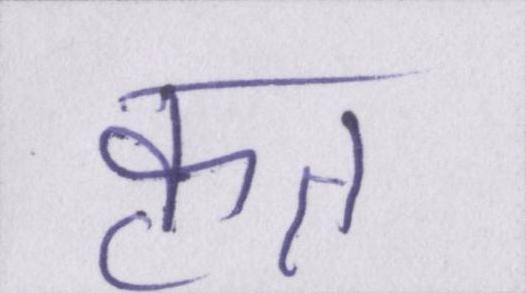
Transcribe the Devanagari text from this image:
कृत